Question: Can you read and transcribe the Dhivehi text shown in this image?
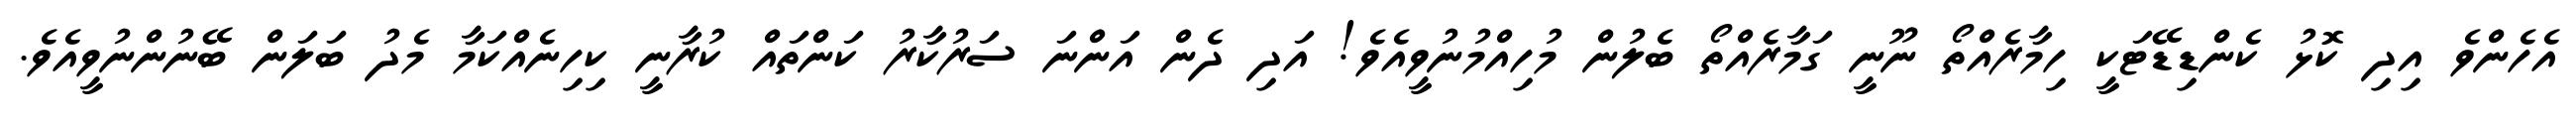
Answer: އެހެންވެ އިދި ކޮޅު ކެންޑިޑޭޓަކީ ހިމާރެއްތޯ ނޫނީ ގަމާރެއްތޯ ބެލުން މުހިއްމުނުވީއެވެ! އަދި ދެން އަންނަ ސަރުކާރު ކަންތައް ކުރާނީ ކިހިނެއްކަމާ މެދު ބަލަން ބޭނުންނުވީއެވެ.